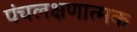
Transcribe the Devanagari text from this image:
पंचलक्षणात्मक